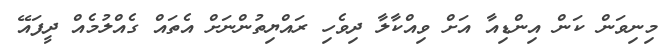
މިނިވަން ކަން އިންޑިއާ އަށް ވިއްކާލާ ދިވެހި ރައްޔިތުންނަށް އެތައް ގެއްލުމެއް ދީފައޭ